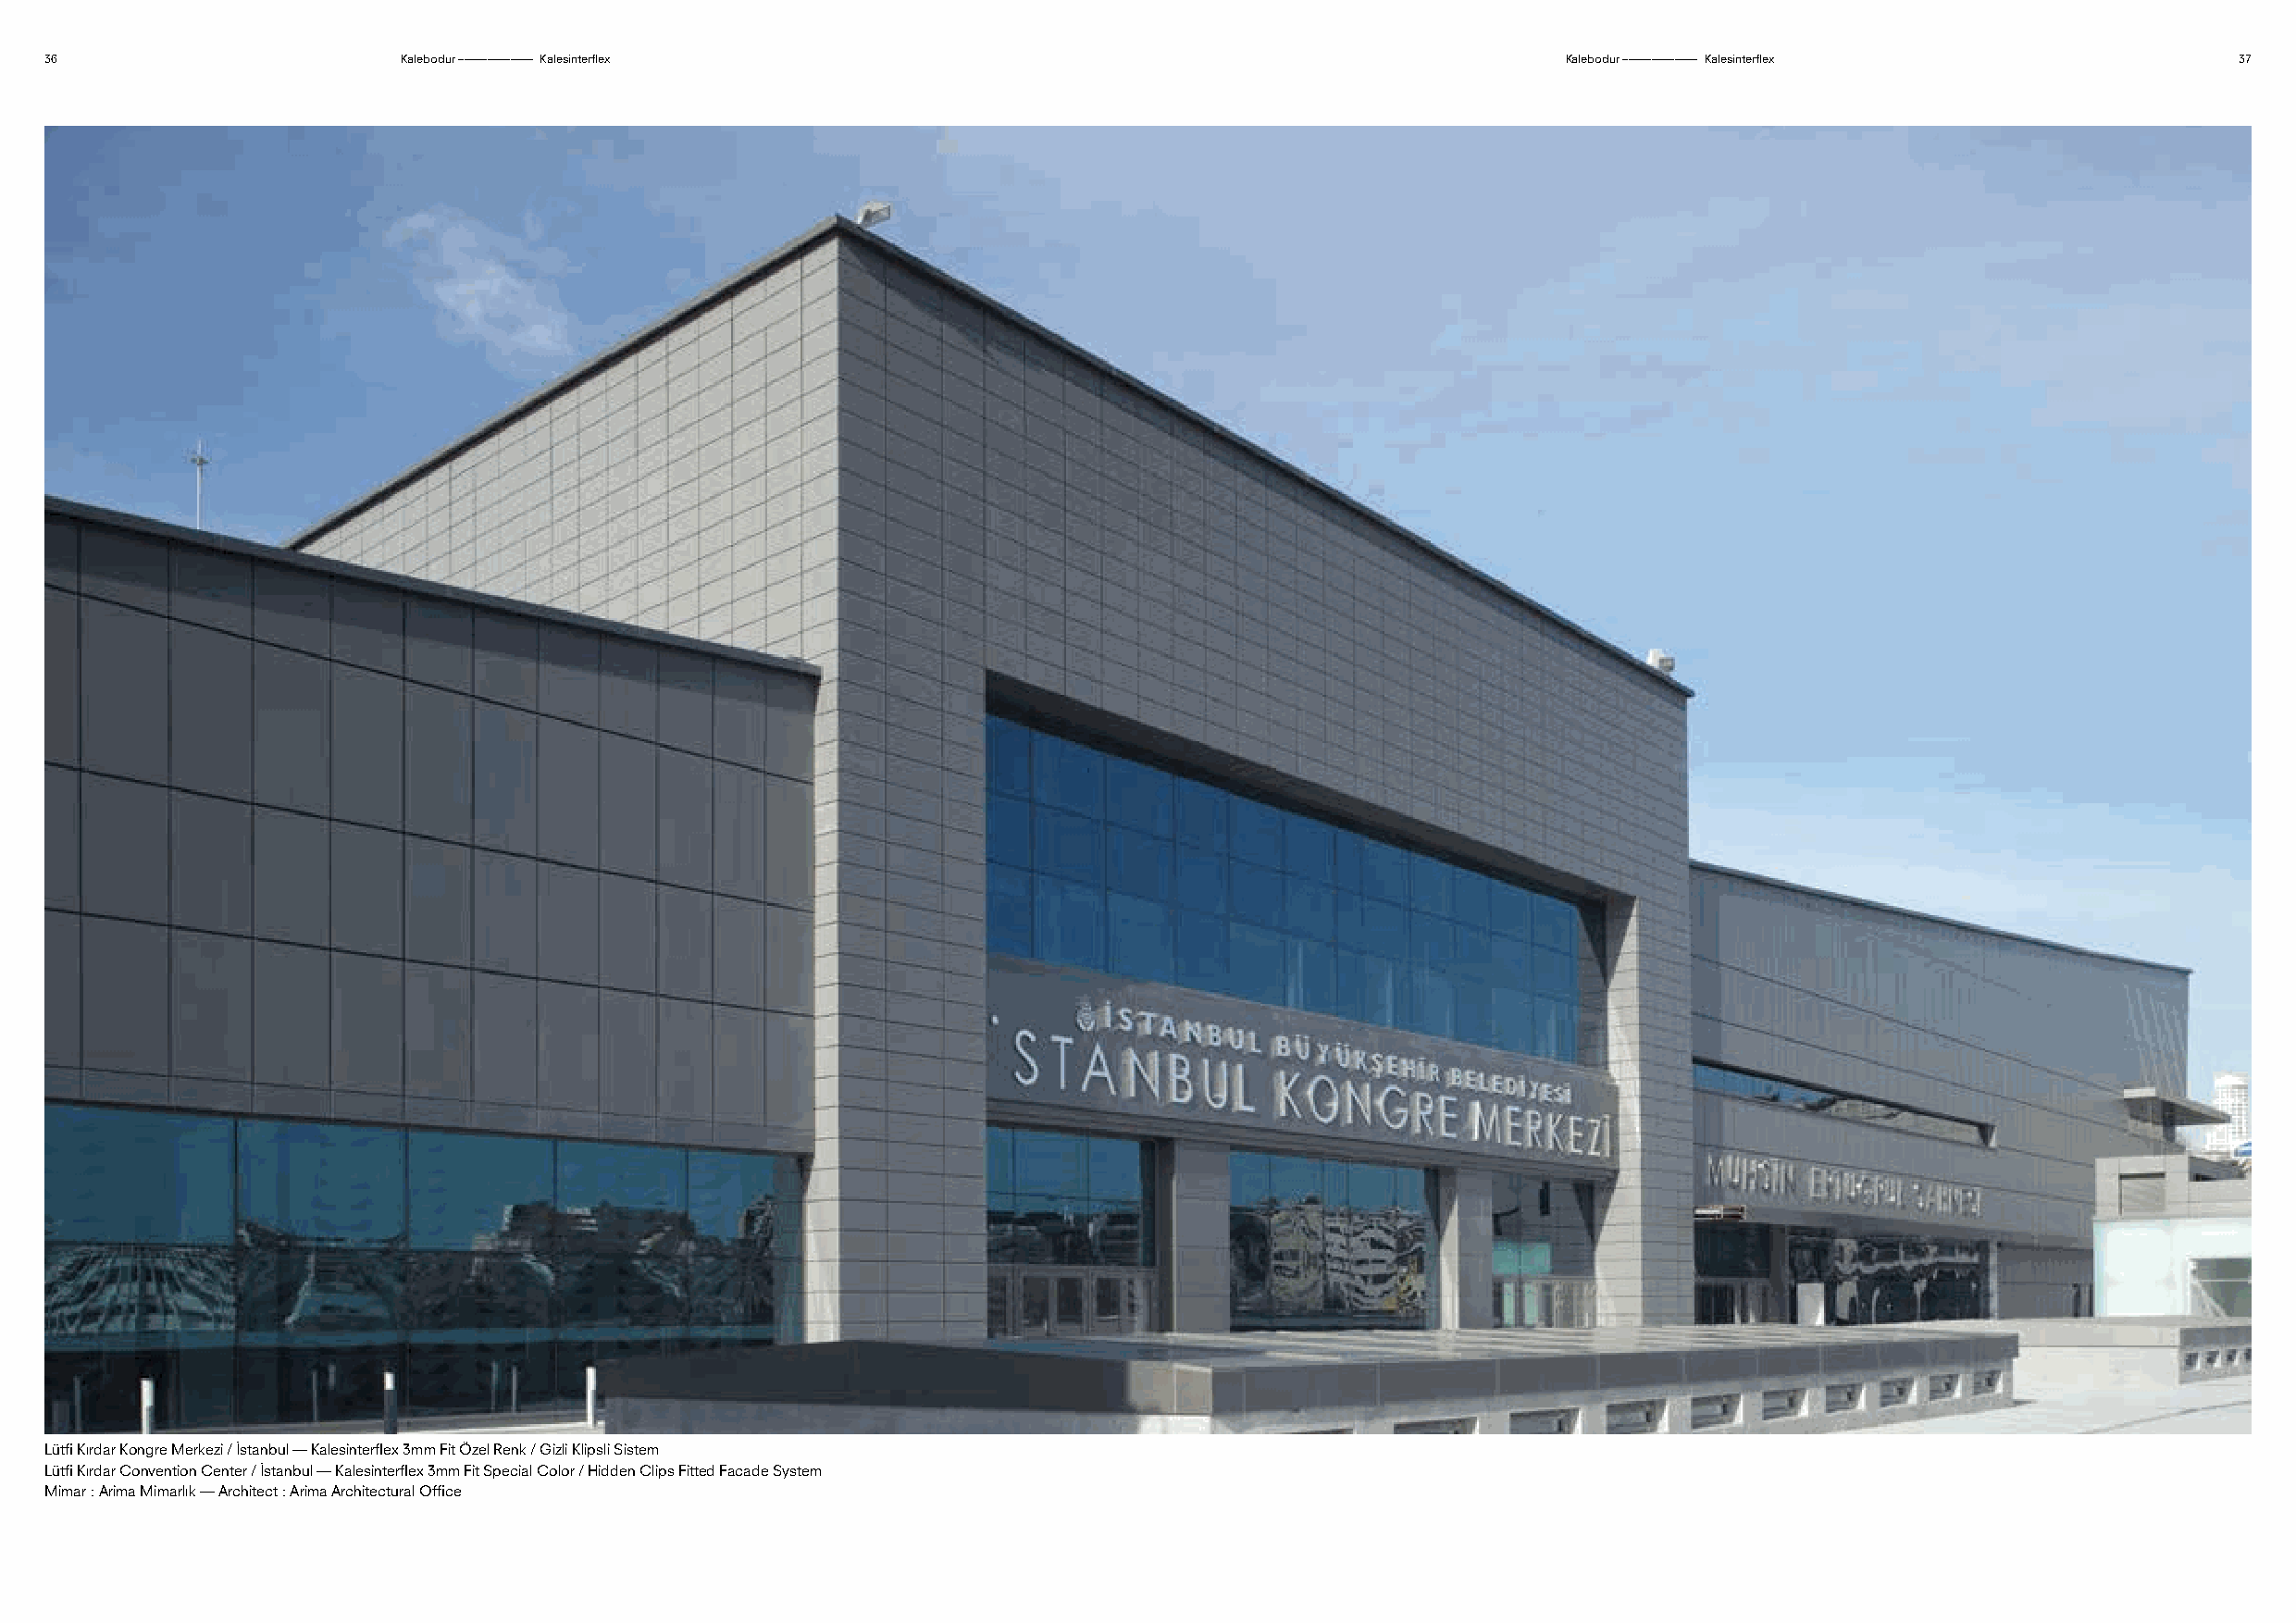
36                        Kalebodur ––––––––––––– Kalesinterflex                                             Kalebodur ––––––––––––– Kalesinterflex          37
 Lütfi Kırdar Kongre Merkezi / İstanbul — Kalesinterflex 3mm Fit Özel Renk / Gizli Klipsli Sistem
 Lütfi Kırdar Convention Center / İstanbul — Kalesinterflex 3mm Fit Special Color / Hidden Clips Fitted Facade System
 Mimar : Arima Mimarlık — Architect : Arima Architectural Office